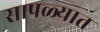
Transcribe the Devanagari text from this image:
सापळ्यात